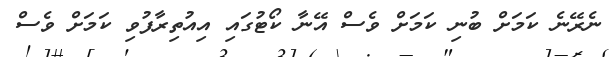
ނެރޭނެ ކަމަށް ބުނި ކަމަށް ވެސް އޭނާ ކޯޓުގައި އިއުތިރާފުވި ކަމަށް ވެސް